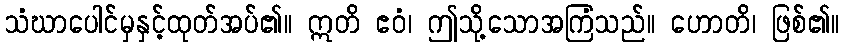
သံဃာပေါင်မှနှင့်ထုတ်အပ်၏။ ဣတိ ဧဝံ၊ ဤသို့သောအကြံသည်။ ဟောတိ၊ ဖြစ်၏။